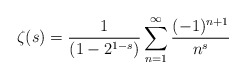
\begin{align*}\zeta(s)= \frac{1}{\left(1-2^{1-s}\right)}\sum_{n=1}^{\infty} \frac{(-1)^{n+1}}{n^{s}}\end{align*}